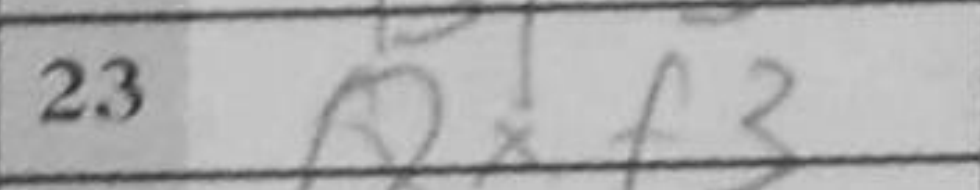
Transcription: Qxf3